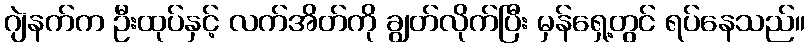
ဂျဲနက်က ဦးထုပ်နှင့် လက်အိတ်ကို ချွတ်လိုက်ပြီး မှန်ရှေ့တွင် ရပ်နေသည်။